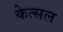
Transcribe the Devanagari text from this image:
केत्सल